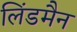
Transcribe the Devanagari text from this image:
लिंडमैन